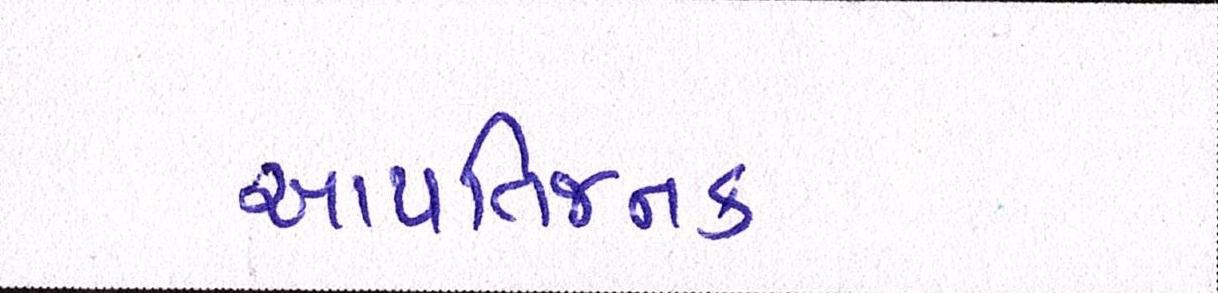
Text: આપત્તિજનક